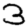
Digit: 3